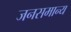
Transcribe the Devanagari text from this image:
जनसमान्य